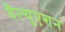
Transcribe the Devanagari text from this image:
वैल्युएशन